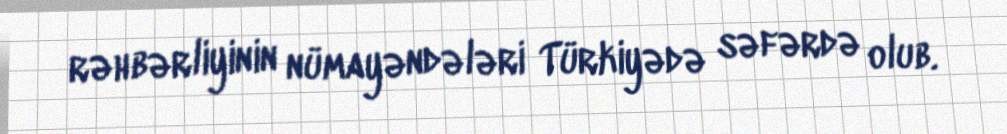
rəhbərliyinin nümayəndələri Türkiyədə səfərdə olub.